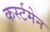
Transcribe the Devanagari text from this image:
कर्स्टमेन